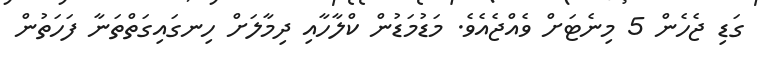
ގަޑި ޖެހެން 5 މިނެޓަށް ވެއްޖެއެވެ. މަޑުމަޑުން ކްލާހާއި ދިމާލަށް ހިނގައިގަތްތަނާ ފަހަތުން